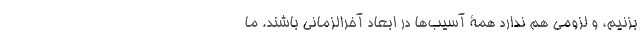
بزنیم، و لزومی هم ندارد همۀ آسیب‌ها در ابعاد آخرالزمانی باشند. ما